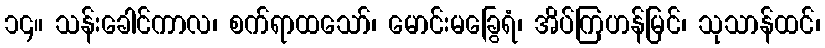
၁၄။ သန်းခေါင်ကာလ၊ စက်ရာထသော်၊ မောင်းမခြွေရံ၊ အိပ်ကြဟန်မြင်၊ သုသာန်ထင်၊